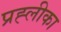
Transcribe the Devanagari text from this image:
प्रह्लीका